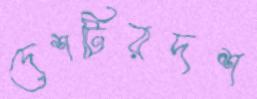
দেশটিরদশ